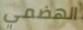
الهضمي